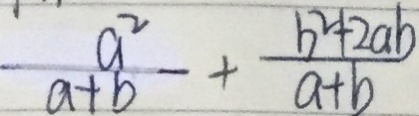
\frac { a ^ { 2 } } { a + b } + \frac { b ^ { 2 } + 2 a b } { a + b }